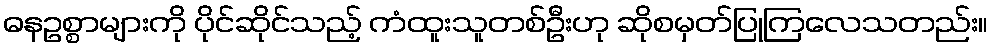
ဓနဥစ္စာများကို ပိုင်ဆိုင်သည့် ကံထူးသူတစ်ဦးဟု ဆိုစမှတ်ပြုကြလေသတည်း။